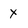
Character: x